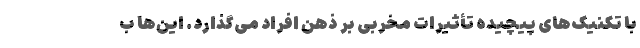
با تکنیک‌های پیچیده تأثیرات مخربی بر ذهن افراد می‌گذارد. این‌ها ب